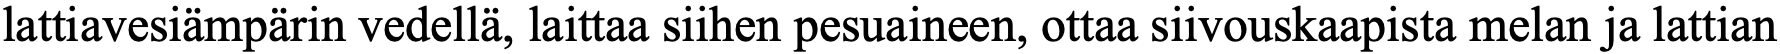
lattiavesiämpärin vedellä, laittaa siihen pesuaineen, ottaa siivouskaapista melan ja lattian